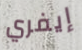
إيفري